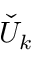
\check { U } _ { k }